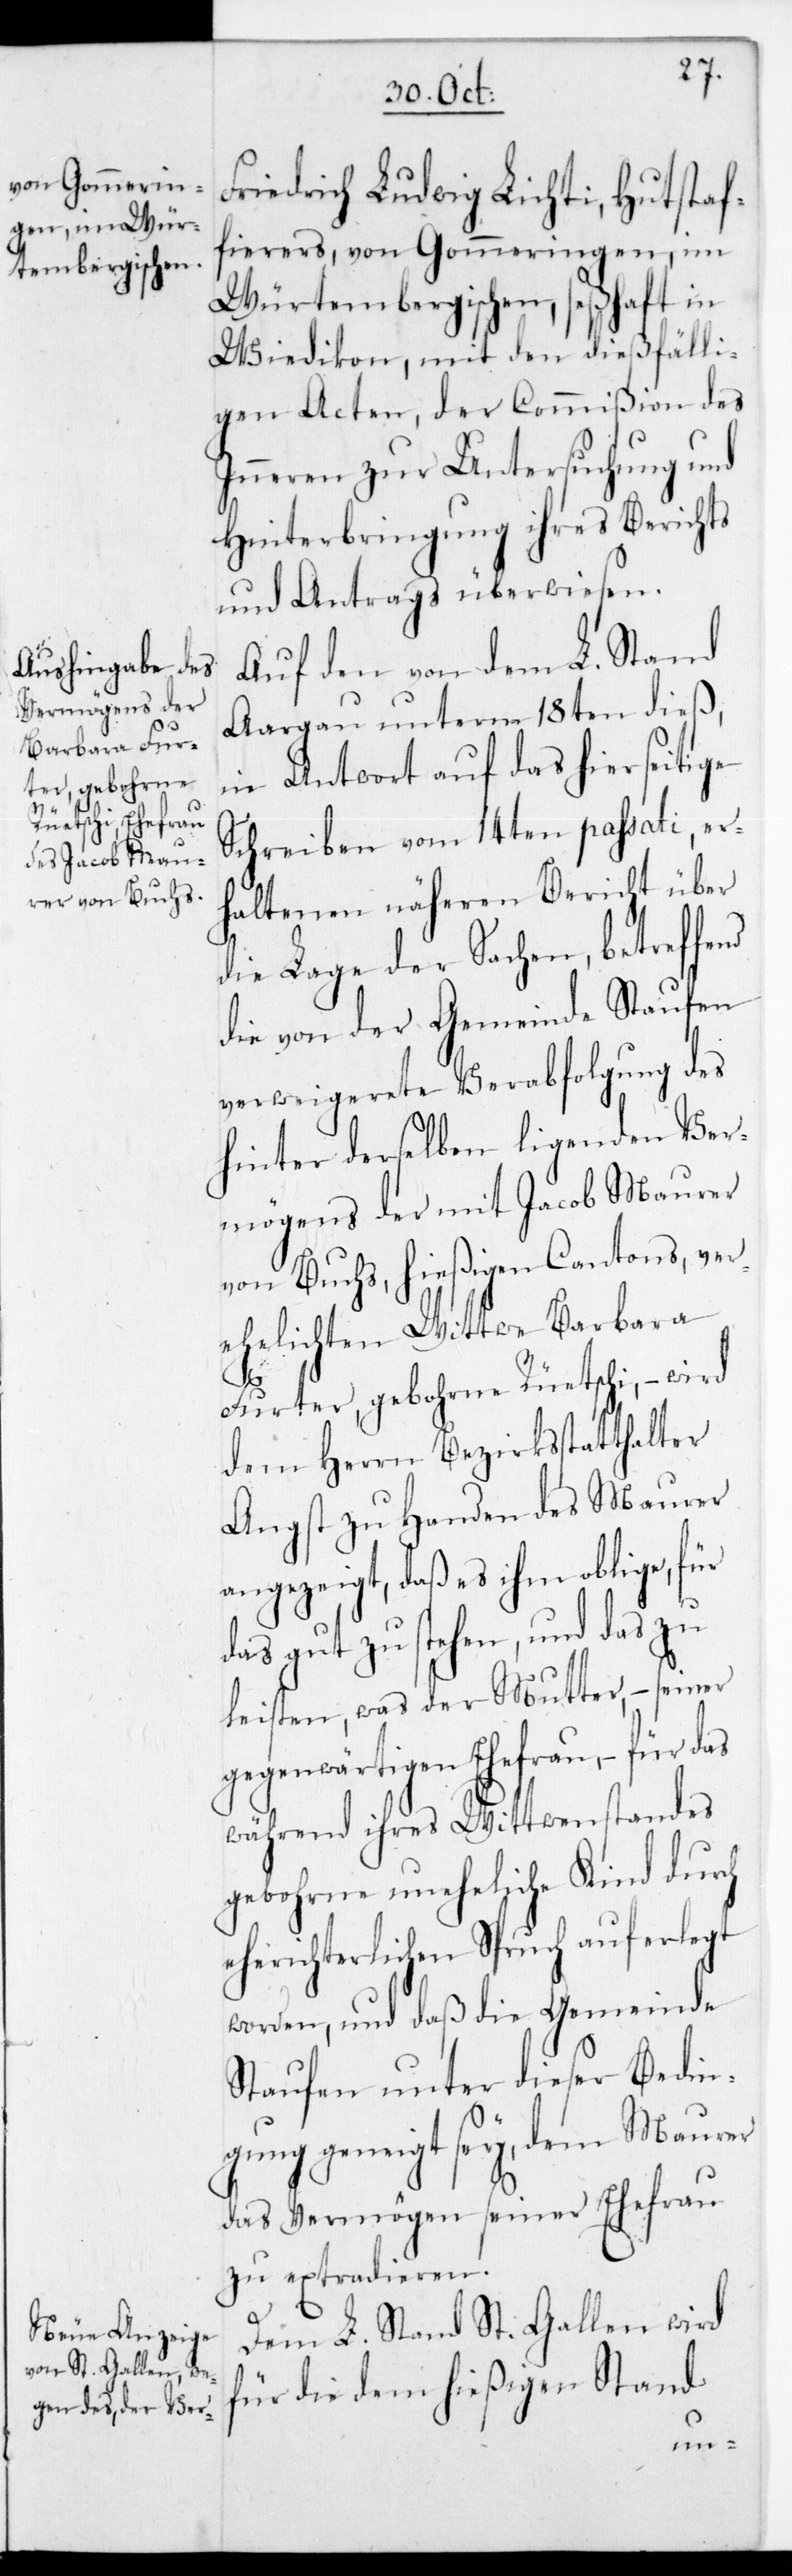
Friedrich Ludwig Lichti, Hutstaf¬
fierers, von Gommeringen, im
Würtembergischen, seßhaft in
Wiedikon, mit den dießfälli¬
gen Acten, der Commißion des
Inneren zur Untersuchung und
Hinterbringung ihres Berichts
und Antrags überwiesen.
Auf den von dem L. Stand
Aargau unterm 18ten dieß,
in Antwort auf das hierseitige
Schreiben vom 14ten passati, er¬
haltenen näheren Bericht über
die Lage der Sachen, betreffend
verweigerete Verabfolgung des
hinter derselben liegenden Ver¬
mögens der mit Jacob Maurer
von Buchs, hießigen Cantons, ver¬
ehelichten Wittwe Barbara
der
Furter, gebohrne Rüetschi, – wird
dem Herrn Bezirksstatthalter
Angst zu Handen des Maurer
angezeigt, daß es ihm obliege, für
das gut zu stehen, und das zu
leisten, was der Mutter, – seiner
gegenwärtigen Ehefrau, – für das
während ihres Wittwenstandes
gebohrne uneheliche Kind durch
eherichterlichen Spruch auferlegt
worden, und daß die Gemeinde
Staufen unter dieser Bedin¬
gung geneigt sey, dem Maurer
das Vermögen seiner Ehefrau
zu extradieren.
Dem L. Stand St. Gallen wird
für die dem hießigen Stand